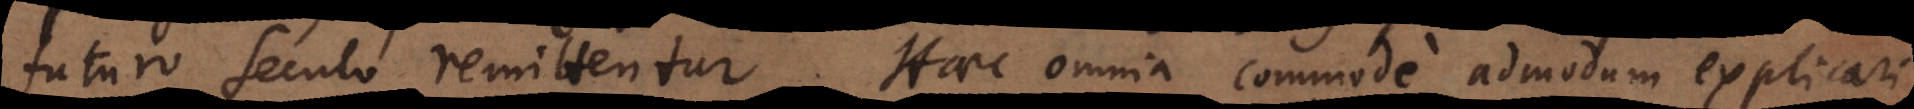
futuro seculo remittentur. Haec omnia commode admodum explicari